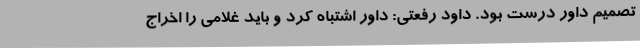
تصمیم داور درست بود. داود رفعتی: داور اشتباه کرد و باید غلامی را اخراج